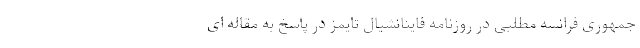
جمهوری فرانسه مطلبی در روزنامه فاینانشیال تایمز در پاسخ به مقاله ای